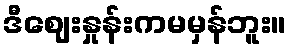
ဒီဈေးနှုန်းကမမှန်ဘူး။